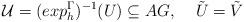
LaTeX: \begin{align*}{\mathcal U} = (exp_h^{\Gamma})^{-1}(U) \subseteq AG, \; \; \; \; \tilde{U} = \tilde{V}\end{align*}